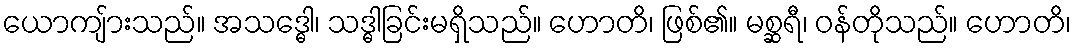
ယောကျ်ားသည်။ အသဒ္ဓေါ၊ သဒ္ဓါခြင်းမရှိသည်။ ဟောတိ၊ ဖြစ်၏။ မစ္ဆရီ၊ ဝန်တိုသည်။ ဟောတိ၊